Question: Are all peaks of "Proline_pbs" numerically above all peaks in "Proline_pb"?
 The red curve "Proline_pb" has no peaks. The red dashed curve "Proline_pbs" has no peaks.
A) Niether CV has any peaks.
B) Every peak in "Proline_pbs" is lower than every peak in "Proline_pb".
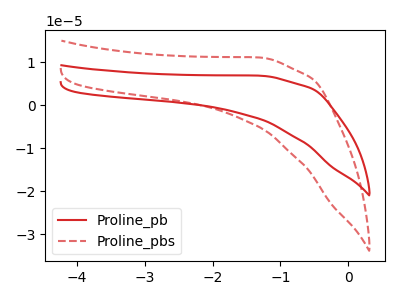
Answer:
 <answer>A) Niether CV has any peaks.</answer>
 <eval>A</eval>